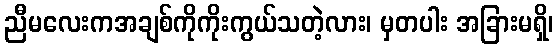
ညီမလေးကအချစ်ကိုကိုးကွယ်သတဲ့လား၊ မှတပါး အခြားမရှိ၊